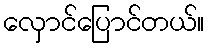
လှောင်ပြောင်တယ်။